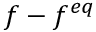
f - f ^ { e q }